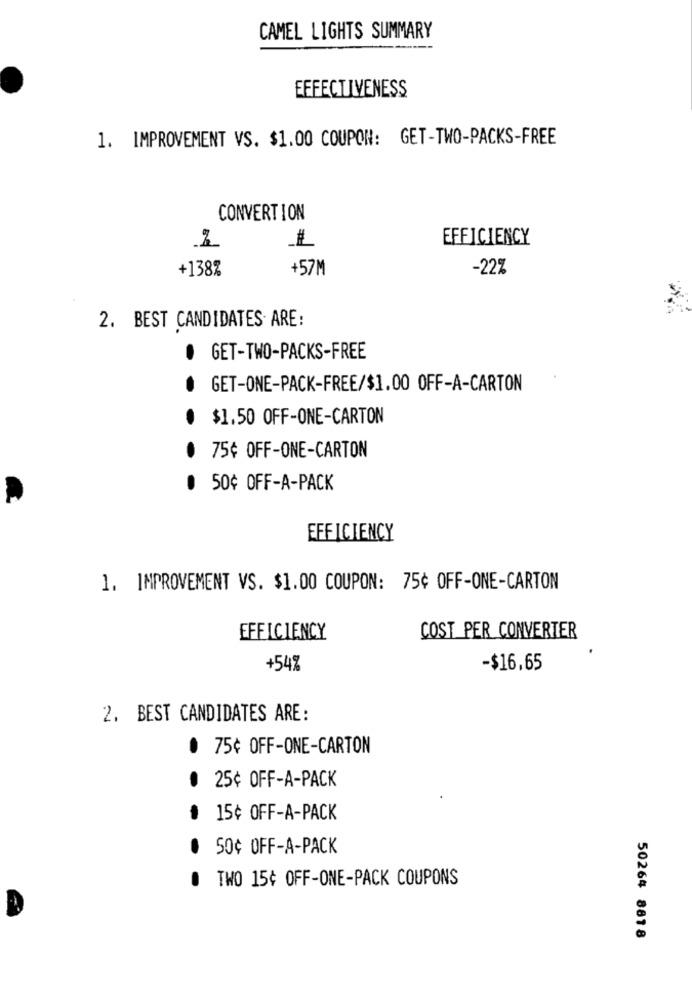
CAMEL LIGHTS SUMMARY
EFFECTIVENESS
1. IMPROVEMENT VS. $1.00 COUPON: GET-TWO-PACKS-FREE
CONVERTION
EFFICIENCY
+138%
+57M
-22%
2. BEST CANDIDATES ARE:
.
GET-TWO-PACKS-FREE
GET-ONE-PACK-FREE/$1.00 OFF-A-CARTON
$1.50 OFF-ONE-CARTON
75¢ OFF-ONE-CARTON
0 50¢ OFF-A-PACK
EFFICIENCY
1. IMPROVEMENT VS. $1.00 COUPON: 75¢ OFF-ONE-CARTON
EFFICIENCY
COST PER CONVERTER
+54%
-$16.65
2. BEST CANDIDATES ARE:
. 75¢ OFF-ONE-CARTON
. 25¢ OFF-A-PACK
៛ 15¢ OFF-A-PACK
. 50¢ OFF-A-PACK
TWO 15¢ OFF-ONE-PACK COUPONS
50264 8818